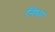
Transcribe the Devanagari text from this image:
निघा